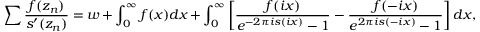
\sum \frac { f ( z _ { n } ) } { s ^ { \prime } ( z _ { n } ) } = w + \int _ { 0 } ^ { \infty } { f ( x ) d x } + \int _ { 0 } ^ { \infty } { \left[ \frac { f ( i x ) } { e ^ { - 2 \pi i s ( i x ) } - 1 } - \frac { f ( - i x ) } { e ^ { 2 \pi i s ( - i x ) } - 1 } \right] d x } ,